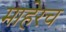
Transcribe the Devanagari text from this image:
माहेरच